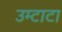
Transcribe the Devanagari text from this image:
उम्टाटा